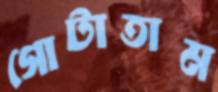
গোটাতাম